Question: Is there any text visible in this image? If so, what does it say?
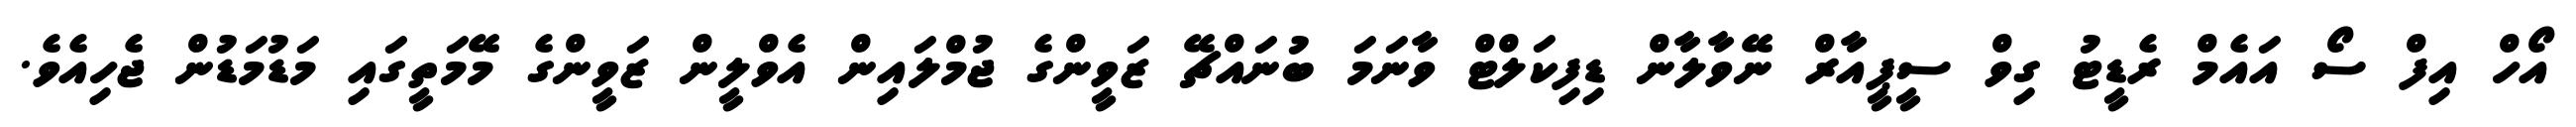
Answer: އޯހް އިފް ސޯ އައެމް ރެޑީޓު ގިވް ސީޕީއާރް ނޭވާލާން ޑިފިކަލްޓް ވާނަމަ ބުނައްޗޭ ޒަވީންގެ ޖުމްލައިން އެވްލީން ޒަވީންގެ މޭމަތީގައި މަޑުމަޑުން ޖެހިއެވެ.